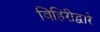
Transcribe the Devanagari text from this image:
विहिरीद्वारे